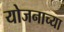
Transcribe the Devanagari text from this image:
योजनाच्या